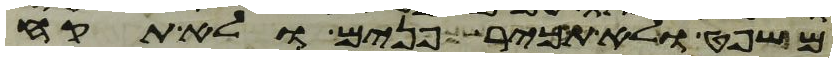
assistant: משפט ולא תכיר פנים ולא תקח